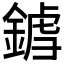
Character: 𨩝